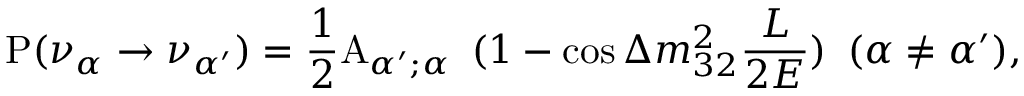
{ \mathrm P } ( \nu _ { \alpha } \to \nu _ { \alpha ^ { \prime } } ) = \frac { 1 } { 2 } { \mathrm A } _ { { \alpha ^ { \prime } } ; \alpha } \, ~ ( 1 - \cos \Delta m _ { 3 2 } ^ { 2 } \frac { L } { 2 E } ) \, ~ ( \alpha \not = \alpha ^ { \prime } ) ,